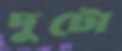
দুটো